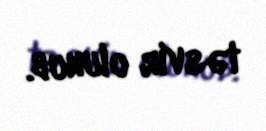
təsvir olunub.